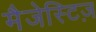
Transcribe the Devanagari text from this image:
मैजेस्टिज़